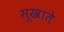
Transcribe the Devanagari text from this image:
सूखाते